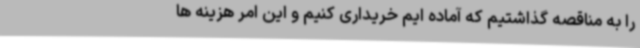
را به مناقصه گذاشتیم که آماده ایم خریداری کنیم و این امر هزینه ها